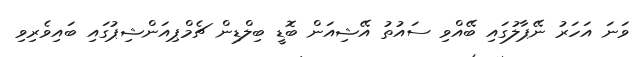
ވަނަ އަހަރު ނޭޕާލުގައި ބޭއްވި ސައުތު އޭޝިއަން ބޮޑީ ބިލްޑިން ޗެމްޕިއަންޝިޕުގައި ބައިވެރިވި